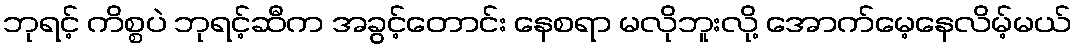
ဘုရင့် ကိစ္စပဲ ဘုရင့်ဆီက အခွင့်တောင်း နေစရာ မလိုဘူးလို့ အောက်မေ့နေလိမ့်မယ်